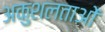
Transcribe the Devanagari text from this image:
अकुशलताओं